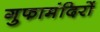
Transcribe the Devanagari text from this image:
गुफामंदिरों